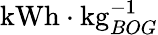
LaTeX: \mathrm{kWh}\cdot\mathrm{kg}_{BOG}^{-1}